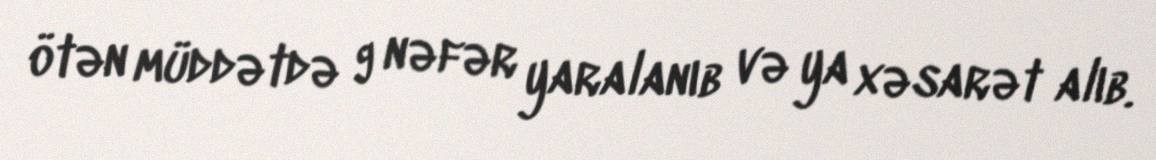
ötən müddətdə 9 nəfər yaralanıb və ya xəsarət alıb.